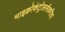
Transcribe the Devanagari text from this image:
माइक्रोकंट्रोलर्सकरीता